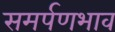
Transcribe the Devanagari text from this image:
समर्पणभाव